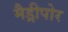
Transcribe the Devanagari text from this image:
मैड्रीपोर